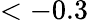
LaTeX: <-0.3